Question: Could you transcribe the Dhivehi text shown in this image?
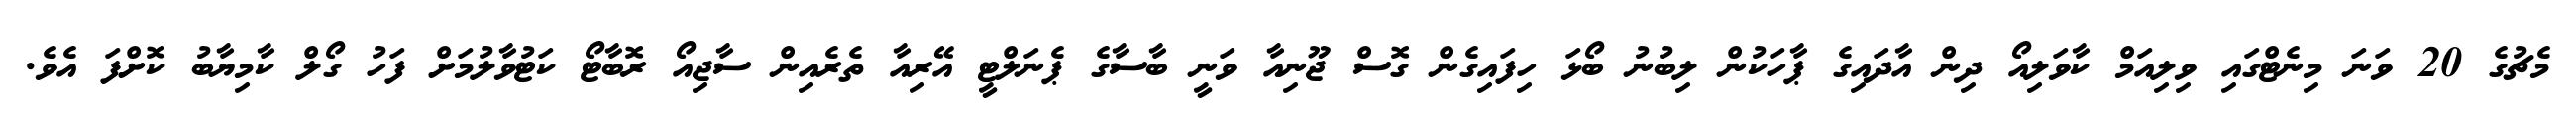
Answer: މެޗުގެ 20 ވަނަ މިނެޓްގައި ވިލިއަމް ކާވަލިއޯ ދިން އާދައިގެ ޕާހަކުން ލިބުނު ބޯޅަ ހިފައިގެން ގޮސް ޖޫނިއާ ވަނީ ބާސާގެ ޕެނަލްޓީ އޭރިއާ ތެރެއިން ސާޖިއޯ ރޮބާޓޯ ކަޓުވާލުމަށް ފަހު ގޯލް ކާމިޔާބު ކޮށްފަ އެވެ.